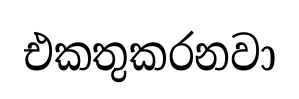
එකතුකරනවා